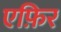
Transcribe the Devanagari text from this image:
एफ़िर